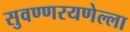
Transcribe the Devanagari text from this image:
सुवण्णरयणेल्ला